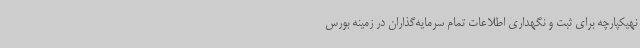
نهیکپارچه برای ثبت و نگهداری اطلاعات تمام سرمایه‌گذاران در زمینه بورس